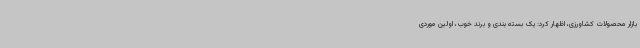
بازار محصولات کشاورزی، اظهار کرد: یک بسته بندی و برند خوب، اولین موردی